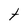
Character: t